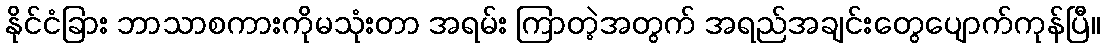
နိုင်ငံခြား ဘာသာစကားကိုမသုံးတာ အရမ်း ကြာတဲ့အတွက် အရည်အချင်းတွေပျောက်ကုန်ပြီ။